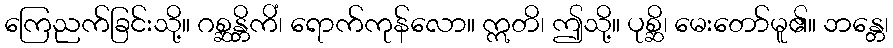
ကြေညက်ခြင်းသို့။ ဂစ္ဆန္တိကိံ၊ ရောက်ကုန်လော။ ဣတိ၊ ဤသို့။ ပုစ္ဆိ၊ မေးတော်မူ၏။ ဘန္တေ၊